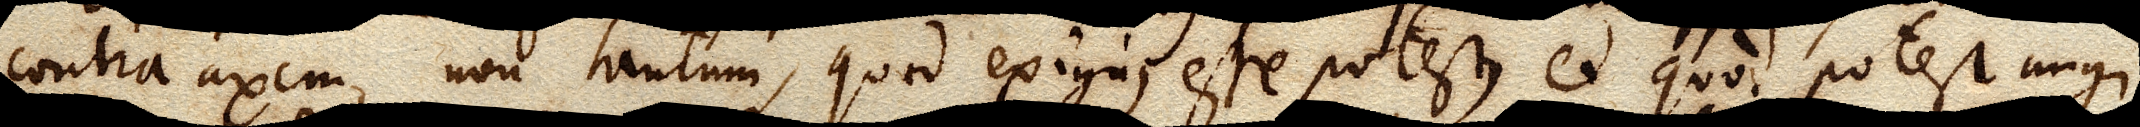
contra axem, non tantum, quod exiguus esse potest, et quod potest ungi,